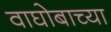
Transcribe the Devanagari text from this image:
वाघोबाच्या